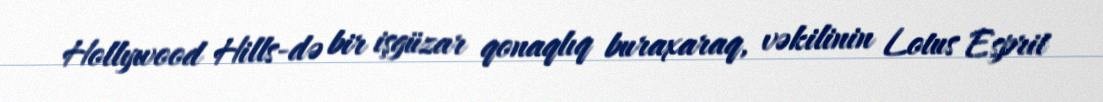
Hollywood Hills-də bir işgüzar qonaqlıq buraxaraq, vəkilinin Lotus Esprit